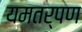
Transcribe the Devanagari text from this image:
यमतर्पण